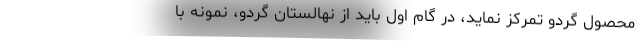
محصول گردو تمرکز نماید، در گام اول باید از نهالستان گردو، نمونه با